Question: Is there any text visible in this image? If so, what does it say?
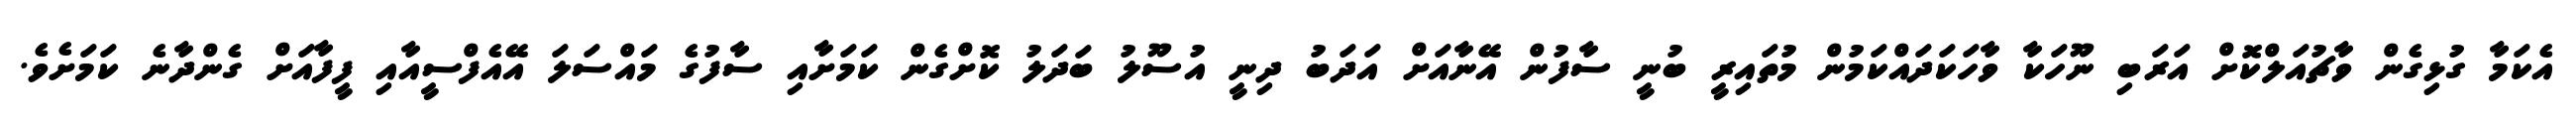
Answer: އެކަމާ ގުޅިގެން ވާޗުއަލްކޮށް އަރަބި ނޫހަކާ ވާހަކަދައްކަމުން މުތައިރީ ބުނީ ސާފުން އޭނާއަށް އަދަބު ދިނީ އުސޫލު ބަދަލު ކޮށްގެން ކަމަށާއި ސާފުގެ މައްސަލަ އޭއެފްސީއާއި ފީފާއަށް ގެންދާނެ ކަމަށެވެ.